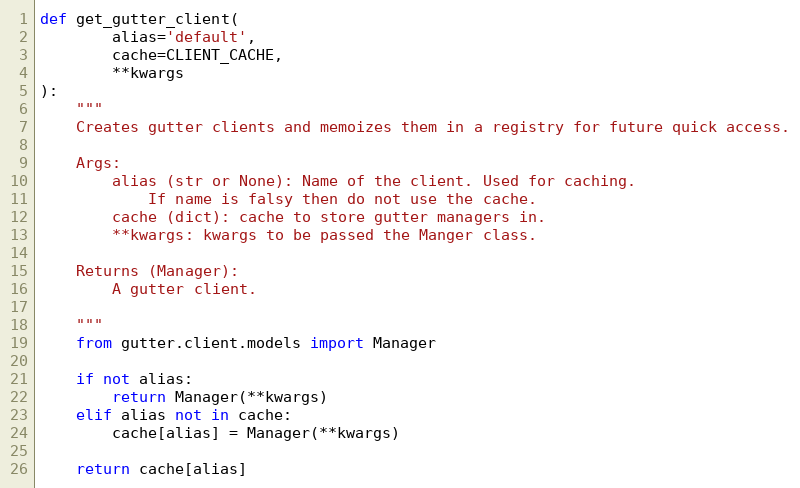
Language: Python
def get_gutter_client(
        alias='default',
        cache=CLIENT_CACHE,
        **kwargs
):
    """
    Creates gutter clients and memoizes them in a registry for future quick access.

    Args:
        alias (str or None): Name of the client. Used for caching.
            If name is falsy then do not use the cache.
        cache (dict): cache to store gutter managers in.
        **kwargs: kwargs to be passed the Manger class.

    Returns (Manager):
        A gutter client.

    """
    from gutter.client.models import Manager

    if not alias:
        return Manager(**kwargs)
    elif alias not in cache:
        cache[alias] = Manager(**kwargs)

    return cache[alias]